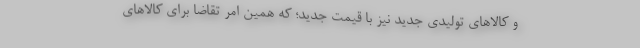
و کالاهای تولیدی جدید نیز با قیمت جدید؛ که همین امر تقاضا برای کالاهای